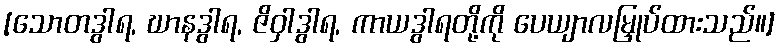
[သောတဒွါရ, ဃာနဒွါရ, ဇိဝှါဒွါရ, ကာယဒွါရတို့ကို ပေယျာလမြှုပ်ထားသည်။]